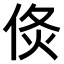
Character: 𠊅